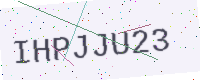
Text: IHPJJU23